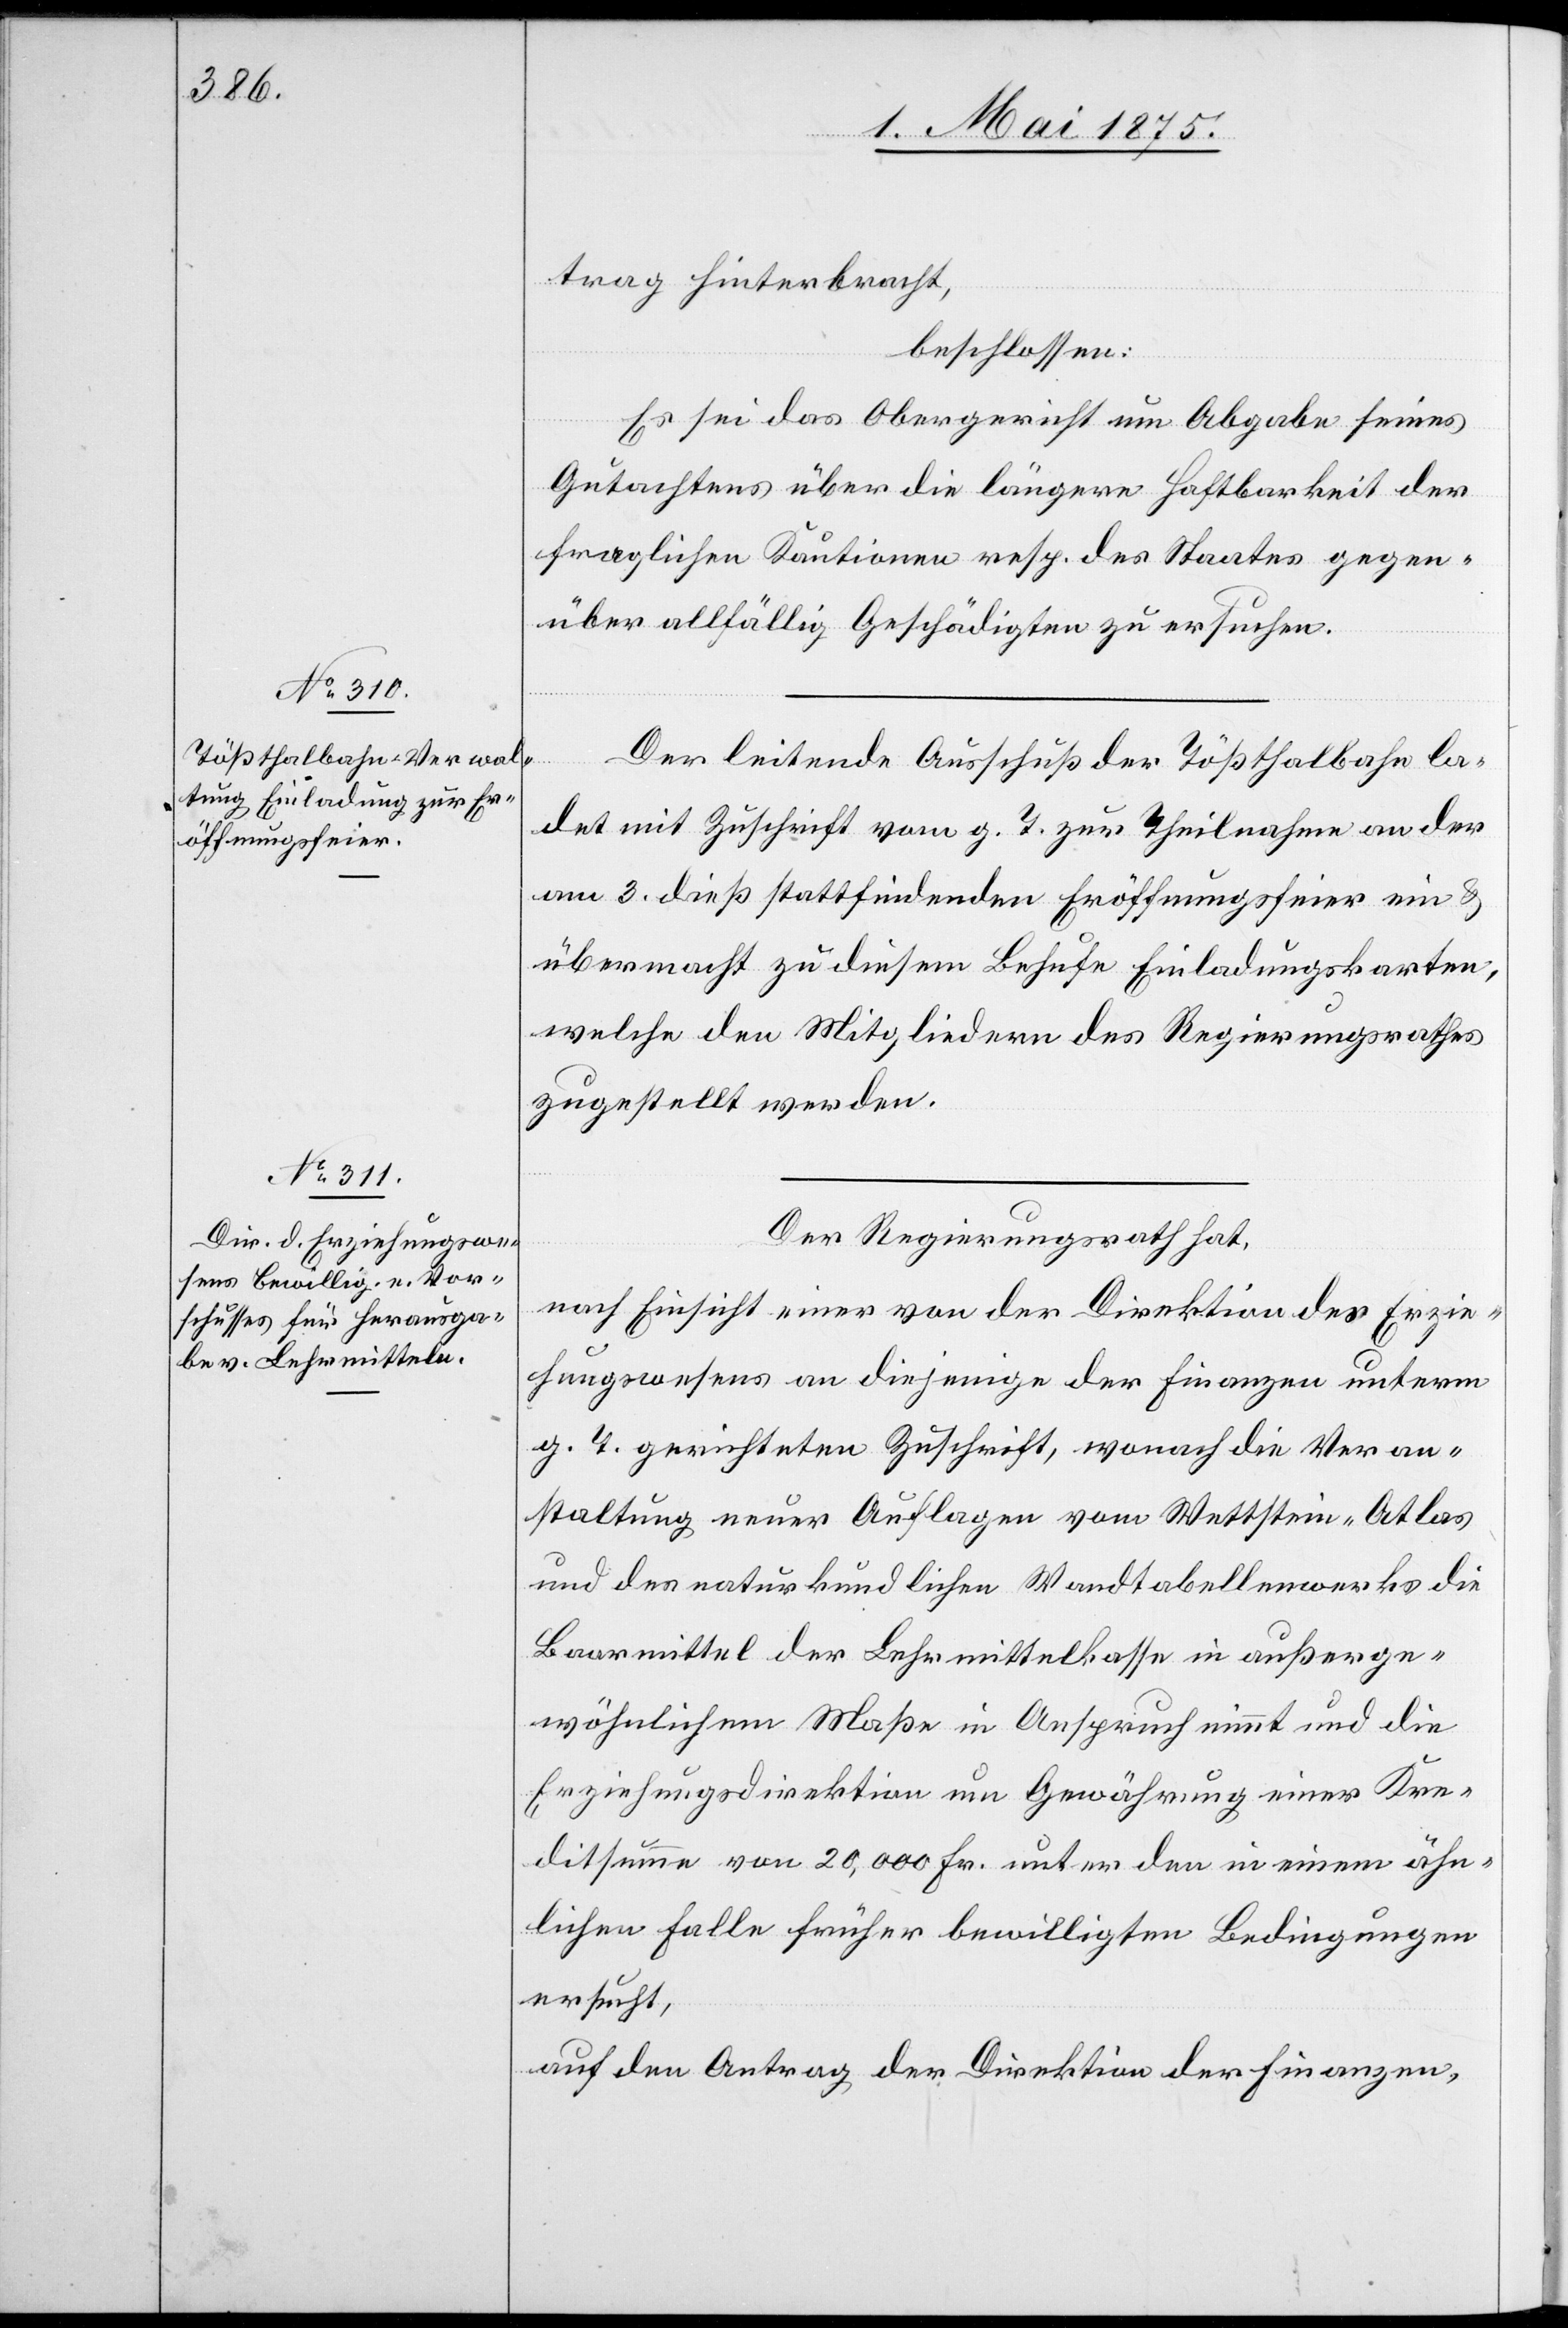
trag hinterbracht,
beschloßen:
Es sei das Obergericht um Abgabe seines
Gutachtens über die längere Haftbarkeit der
fraglichen Kautionen resp. des Staates gegen
über allfällig Geschädigten zu ersuchen.
Der leitende Ausschuß der Tößthalbahn la¬
det mit Zuschrift vom g. T. zur Theilnahme an der
am 3. dieß stattfindenden Eröffnungsfeier ein &
übermacht zu diesem Behufe Einladungskarten,
welche den Mitgliedern des Regierungsrathes
zugestellt werden.
Der Regierungsrath hat,
nach Einsicht eines von der Direktion des Erzie¬
hungswesens an diejenige der Finanzen unterm
g. T. gerichteten Zuschrift, wonach die Veran¬
staltung neuer Auflagen vom Wettstein-Atlas
und des naturkundlichen Wandtabellenwerks die
Baarmittel der Lehrmittelkasse in außerge¬
wöhnlichem Maße in Anspruch nimmt und die
Erziehungsdirektion um Gewährung einer Kre¬
ditsumme von 20,000 Fr. unter den in einem ähn¬
lichen Falle früher bewilligten Bedingungen
ersucht,
auf den Antrag der Direktion des Finanzen,